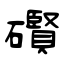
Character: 礥